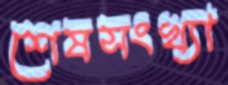
শেষসংখ্যা